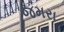
જમરા